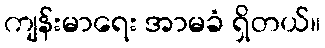
ကျန်းမာရေး အာမခံ ရှိတယ်။